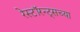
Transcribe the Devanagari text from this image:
रेस्टॉरन्ट्सच्या